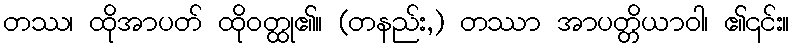
တဿ၊ ထိုအာပတ် ထိုဝတ္ထု၏။ (တနည်း,) တဿာ အာပတ္တိယာဝါ၊ ၏၎င်း။